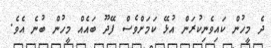
ދެ މީހުން ކައިވެނިކުރަން އުޅޭ ކަމަށްވެސް ފޭދޫ ބައެއް މީހުން ބުނެ އެވެ.